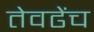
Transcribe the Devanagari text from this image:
तेवढेंच